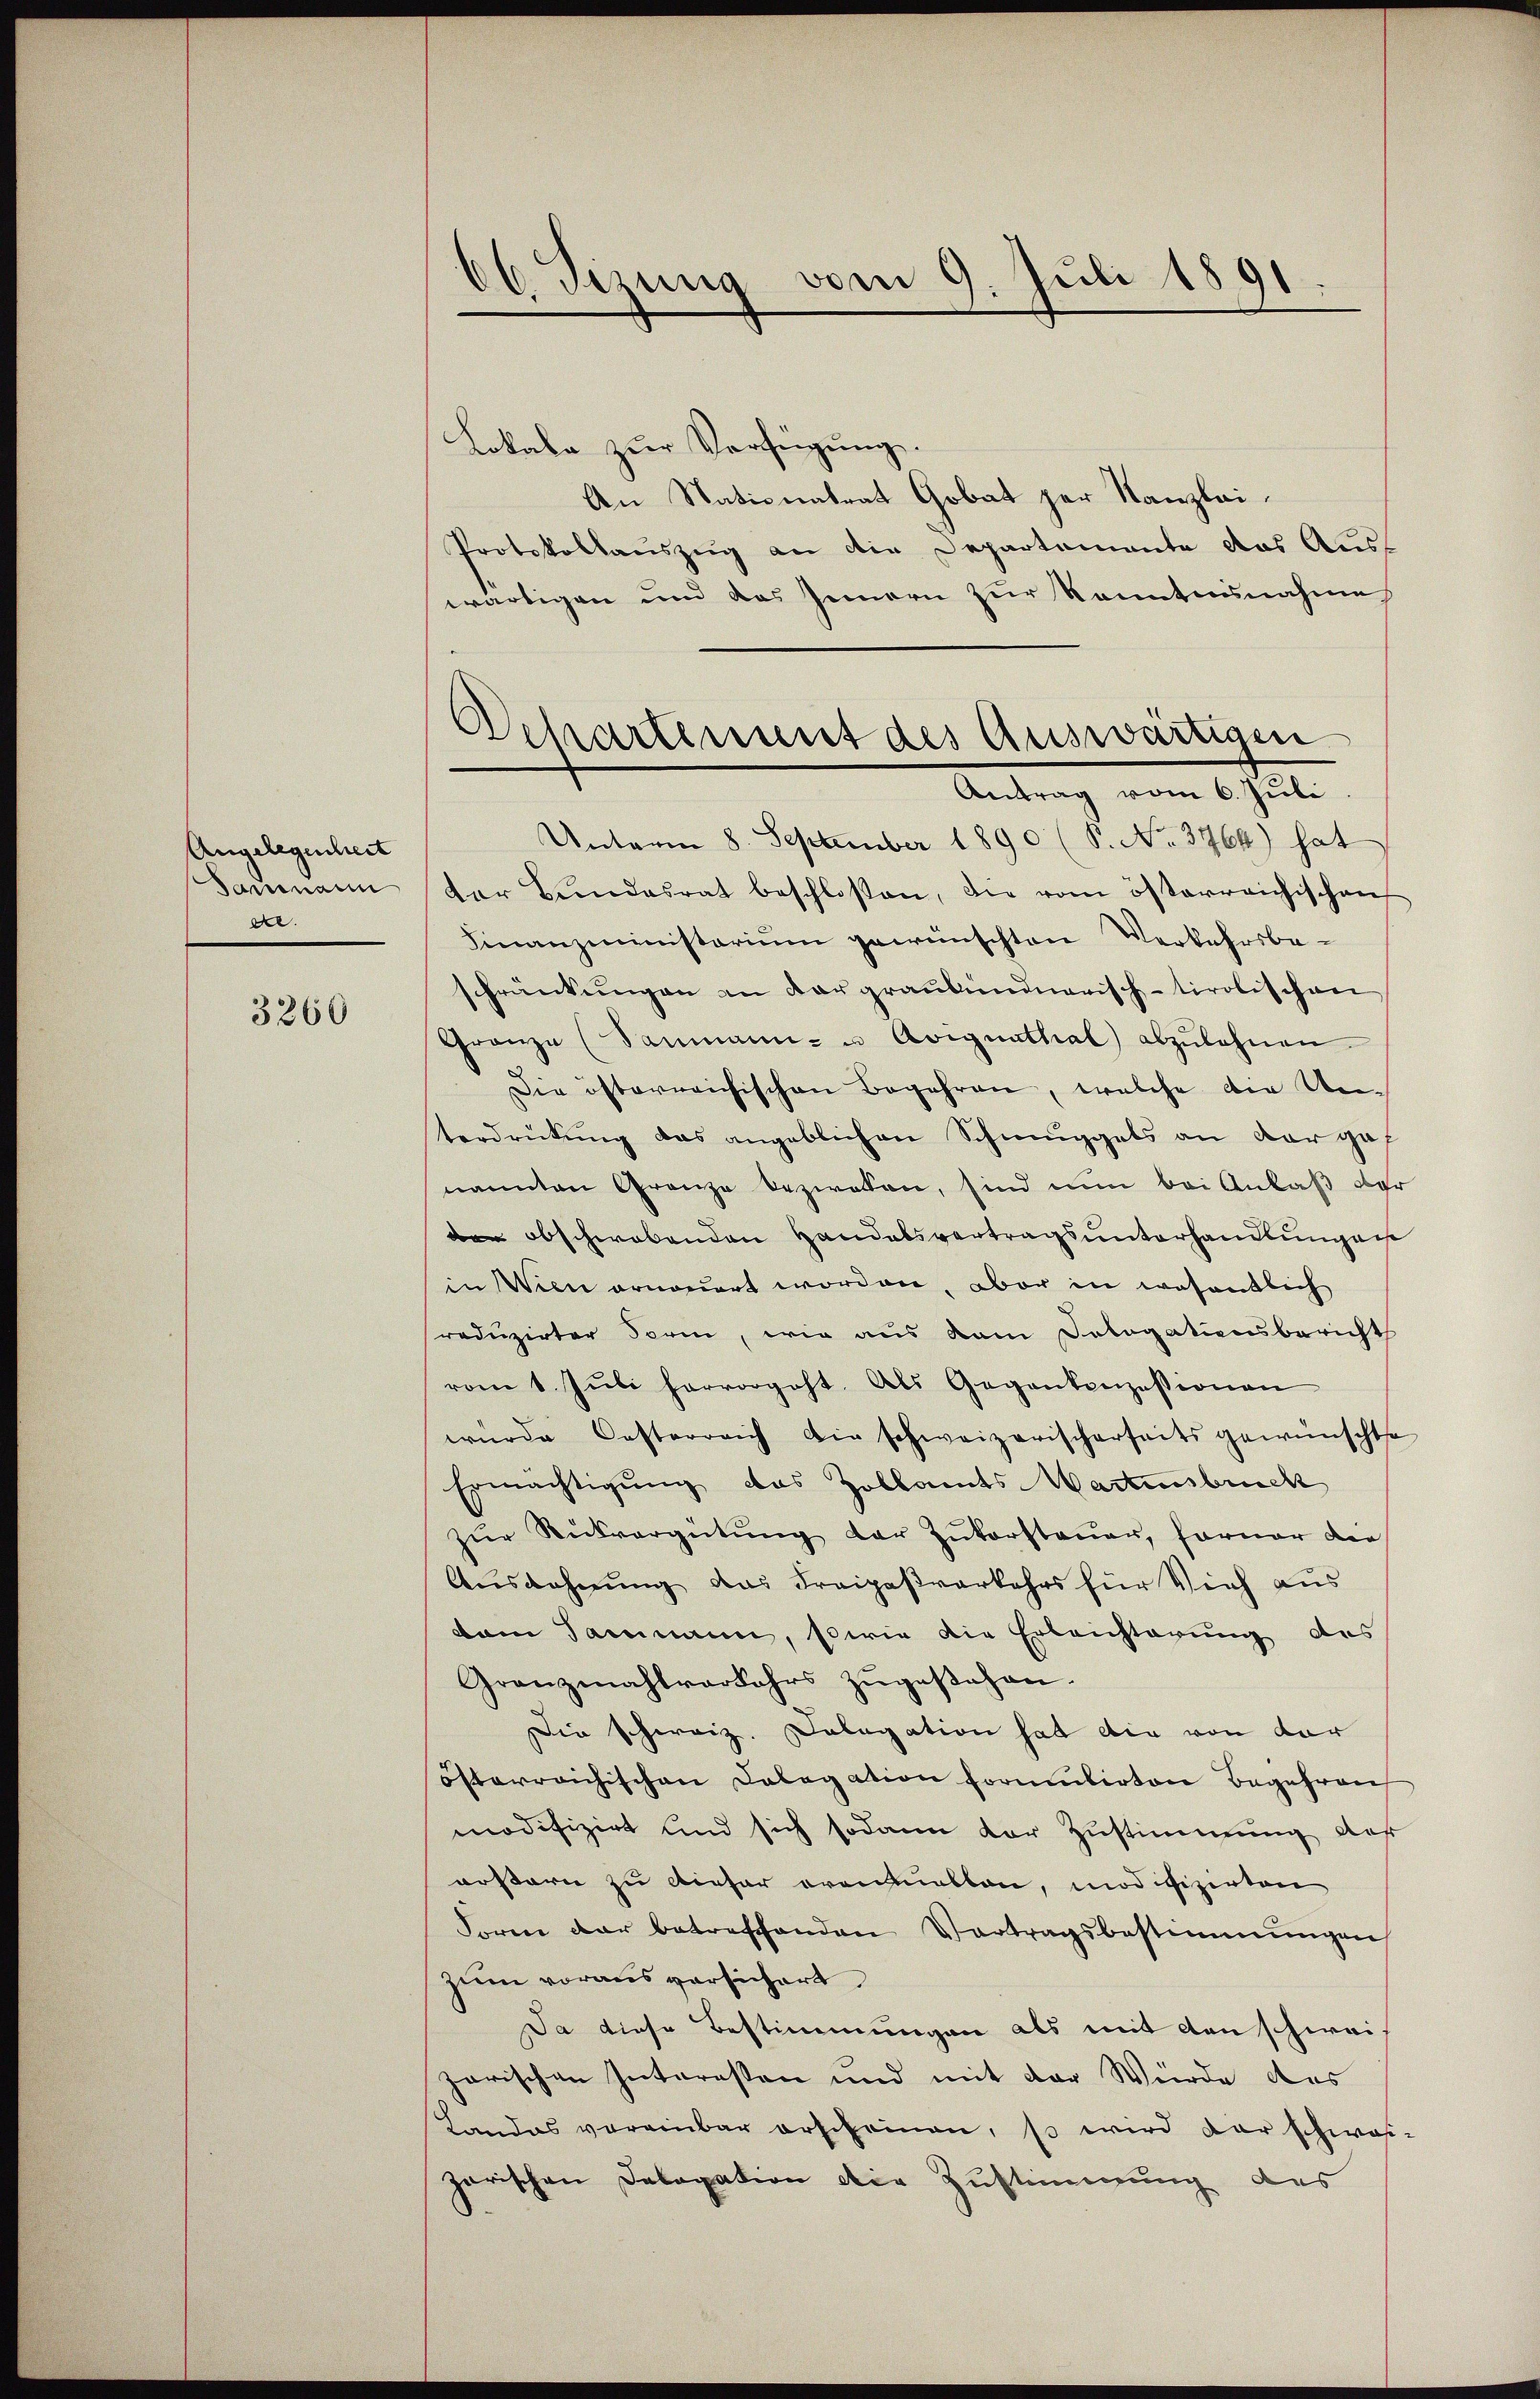
Angelegenheit
Sanenann
de.

3260

66. Sizung vom 9. Juli 1891.

Lokale zur Verfügung.
An Nationatrat Gobat zur Kanzlei¬
Protokollauszug an die Departemente das Aus¬
Unterm 8. September 1890 (S. No. 3764) hat
der Bŭndesrat beschloßen, die vom österreichischen
Finanzministerium gewünschten Verkehrsbeschränkungen an dar graubündnerisch-tirolischen
Gränze (Sanmann- u Avignathal abzulehnen.
Die österreichischen Begehren, welche die Um-
terdrückung das angeblichen Schmuggels an dar gef
nannten Granze bezweken, sind nun bei Anlaß der
den abschwabenden Handelsvertragsunterhandlungen
in Wien erneuert worden, aber in wesentlich
reduzirter Form, wie aus kam Dologationsbericht
vom 1. Jŭli hervorgeht. Als Gegenkonzessionen
wurde Oesterreich die schweizerischerseits gewünschte
Ermächtigung das Zollamts Wartensbruck
zŭr Rückvergütŭng der Zŭkorsteŭer, ferner die
Ausdehnung das Freipaßverkehrs für Vieh aus
dam Sammann, sowie die Erleichterung des
Granzmahlverkehrs zugestehen.
Die schweiz. Delegation hat die von der
österreichischen Delegation formulirten Begehren
modifizirt und sich sodann der Zustimmung des
arstern zu dieser eranhalten, modifizirten
Form der betreffenden Vertragsbestimmungen
zum voraus versichert
Da diese Bestimmungen als mit den schwei
zorischen Interessen und mit der Würde des
Landas vereinbar erscheinen, so wird der schweigarischen Dalogation die Zustimmung des

wärtigen und das Innern zur Kenntnisnahme
Departement des Auswärtigen.
Antrag vom 6. Juli